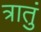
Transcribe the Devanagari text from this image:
त्रातुं